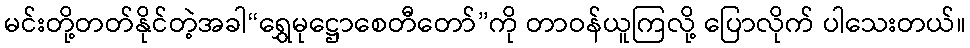
မင်းတို့တတ်နိုင်တဲ့အခါ“ရွှေမုဋ္ဌောစေတီတော်”ကို တာဝန်ယူကြလို့ ပြောလိုက် ပါသေးတယ်။